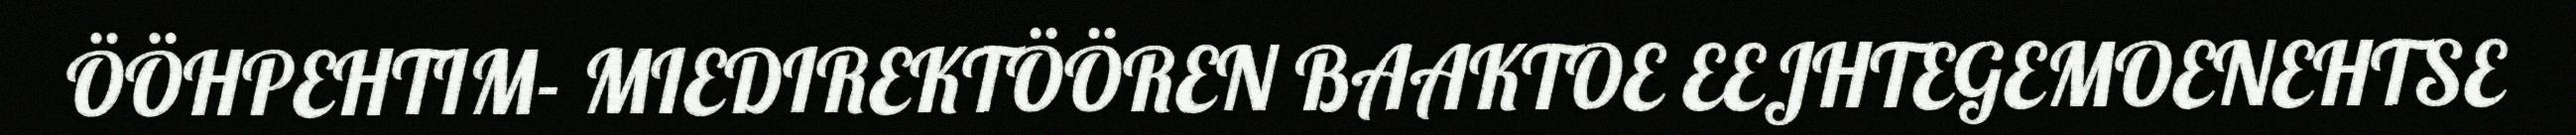
ÖÖHPEHTIM- MIEDIREKTÖÖREN BAAKTOE EEJHTEGEMOENEHTSE